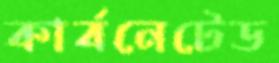
কার্বনেটেড